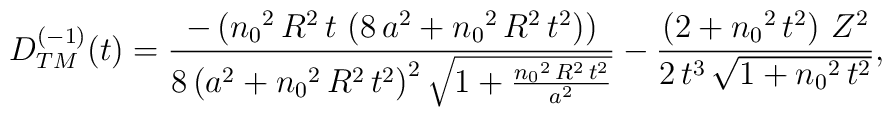
\begin{array}{c}D_{TM}^{(-1)}(t) = \displaystyle{\frac{-\left( {n_{0}}^2\,R^2\,t\,       \left( 8\,a^2 + {n_{0}}^2\,R^2\,t^2 \right)  \right) }{8\,     {\left( a^2 + {n_{0}}^2\,R^2\,t^2 \right) }^2\,     {\sqrt{1 + \frac{{n_{0}}^2\,R^2\,t^2}{a^2}}}} -  \frac{\left( 2 + {n_{0}}^2\,t^2 \right) \,Z^2}   {2\,t^3\,{\sqrt{1 + {n_{0}}^2\,t^2}}}},\end{array}